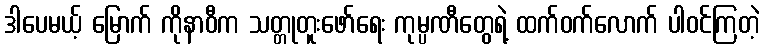
ဒါပေမယ့် မြောက် ကိုနာဝီက သတ္တုတူးဖော်ရေး ကုမ္ပဏီတွေရဲ့ ထက်ဝက်လောက် ပါဝင်ကြတဲ့